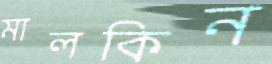
মালকিন